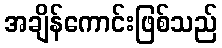
အချိန်ကောင်းဖြစ်သည်